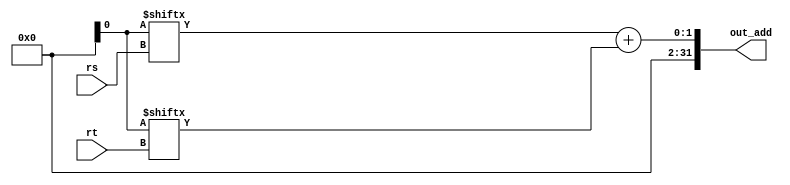
module add(
	input [4:0] rs, rt,
	output [31:0] out_add
);
assign out_add = glob.r[rs] + glob.r[rt];
endmodule